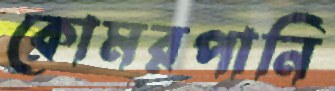
কোমরপানি